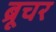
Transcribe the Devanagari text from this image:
ब्रूचर